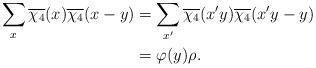
LaTeX: \begin{align*}\sum_x \overline{\chi_4}(x)\overline{\chi_4}(x-y)&=\sum_{x'} \overline{\chi_4}(x'y)\overline{\chi_4}(x'y-y) \\&=\varphi(y)\rho.\end{align*}